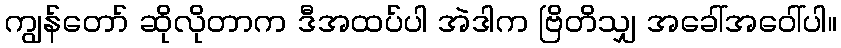
ကျွန်တော် ဆိုလိုတာက ဒီအထပ်ပါ အဲဒါက ဗြိတိသျှ အခေါ်အဝေါ်ပါ။